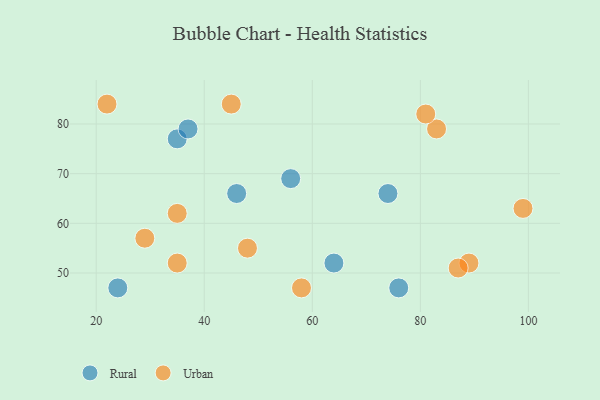
{"axis": {"x": "GDP", "y": "Life Expectancy"}, "legend": ["Rural", "Urban"], "data": [{"x": "56", "y": 69, "type": "Rural"}, {"x": "76", "y": 47, "type": "Rural"}, {"x": "74", "y": 66, "type": "Rural"}, {"x": "46", "y": 66, "type": "Rural"}, {"x": "35", "y": 77, "type": "Rural"}, {"x": "24", "y": 47, "type": "Rural"}, {"x": "37", "y": 79, "type": "Rural"}, {"x": "64", "y": 52, "type": "Rural"}, {"x": "83", "y": 79, "type": "Urban"}, {"x": "89", "y": 52, "type": "Urban"}, {"x": "35", "y": 62, "type": "Urban"}, {"x": "87", "y": 51, "type": "Urban"}, {"x": "35", "y": 52, "type": "Urban"}, {"x": "58", "y": 47, "type": "Urban"}, {"x": "48", "y": 55, "type": "Urban"}, {"x": "99", "y": 63, "type": "Urban"}, {"x": "29", "y": 57, "type": "Urban"}, {"x": "22", "y": 84, "type": "Urban"}, {"x": "45", "y": 84, "type": "Urban"}, {"x": "81", "y": 82, "type": "Urban"}]}